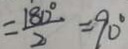
= \frac { 1 8 0 ^ { \circ } } { 2 } = 9 0 ^ { \circ }